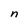
Character: n